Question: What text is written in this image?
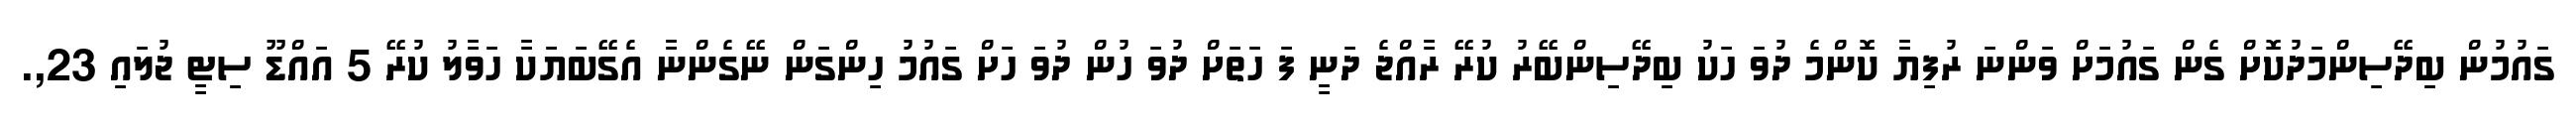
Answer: ގައުމުން ބިދޭސިންމަދުކޮށް ގެން ގައުމަށް ވަންނަ ރުފިޔާ ކޮންމެ ދުވަ ހަކު ބިދޭސިންބޭރު ކުރޭ ރާއްޖެ ދަނީ ފަ ހަތަށް ދުވަ ހުން ދުވަ ހަށް ގައުމު ހިންގަން ނޭގެންނާ އެގޭބަޔަކާ ހަވާލު ކުރޭ 5 އައްޑޫ ސިޓީ ޖުލައި 23,.